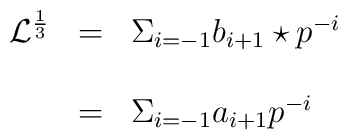
\begin{array}{lcl}{\mathcal L}^{\frac{1}{3}}&=& \Sigma_{i=-1} b_{i+1} \star p^{-i}\\\\&=&{\Sigma}_{i=-1} a_{i+1}p^{-i} \end{array}